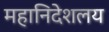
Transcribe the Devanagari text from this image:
महानिदेशलय